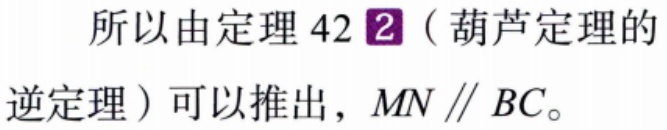
所以由定理 42\textcircled{2}（葫芦定理的逆定理）可以推出，$MN \parallel BC$。